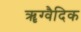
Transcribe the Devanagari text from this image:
ॠग्वैदिक